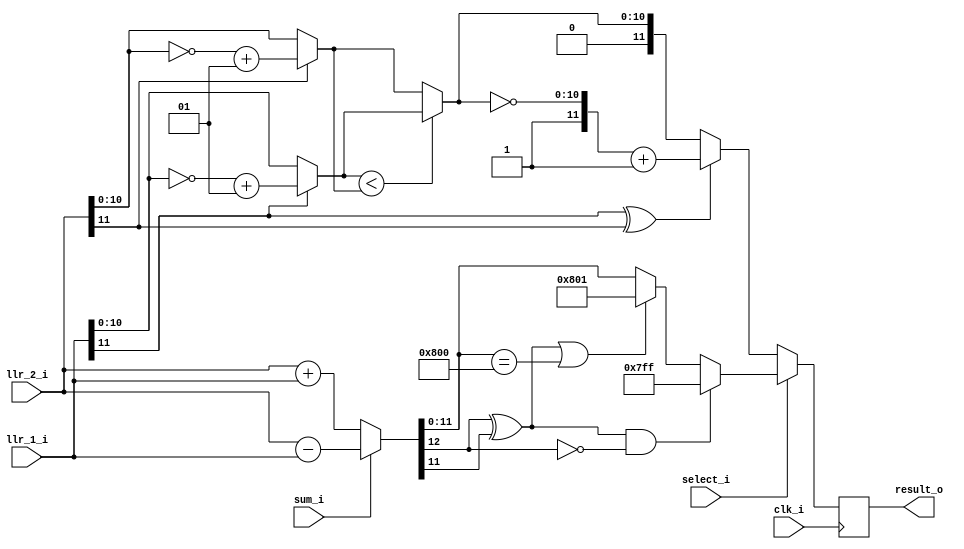
module PE(
  input clk_i,
  input signed [11:0] llr_1_i,
  input signed [11:0] llr_2_i,
  input sum_i,
  input select_i,
  output reg [11:0] result_o
);
  
  wire [11:0] f_result;
  
  wire signed [11:0] llr_1_2c = (llr_1_i[11])?~llr_1_i+$signed(12'd1):llr_1_i;
  wire        [10:0] llr_1_abs = llr_1_2c[10:0];
  
  wire signed [11:0] llr_2_2c = (llr_2_i[11])?~llr_2_i+$signed(12'd1):llr_2_i;
  wire        [10:0] llr_2_abs = llr_2_2c[10:0];
  
  wire [10:0] min = (llr_1_abs<llr_2_abs)?llr_1_abs:llr_2_abs;
  wire sign = llr_1_i[11] ^ llr_2_i[11];
  
  //assign result_o = {sign, min};
  assign f_result = (~sign)?{1'b0, min}:{1'b1, ~min}+12'd1;
  
  wire signed [12:0] g_result_temp;
  wire signed [11:0] g_result;
  //wire signed [11:0] llr_1_operated = ($signed(sum_i))?~llr_1_i+$signed(12'd1):llr_1_i;
  //assign g_result = llr_2_i + $signed(llr_1_operated);
  assign g_result_temp = (sum_i)?llr_2_i - llr_1_i:llr_2_i + llr_1_i;
  /*assign g_result = (g_result_temp[0]&&g_result_temp[12])?$signed(g_result_temp[12:1])+$signed(12'd1):
                    $signed(g_result_temp[12:1]);*/
  
  /*assign g_result = (g_result_temp[0]&&~g_result_temp[12])?$signed(g_result_temp[12:1])+$signed(12'd1):
                    $signed(g_result_temp[12:1]);*/
  
  assign g_result = ((g_result_temp[12]^g_result_temp[11])&&~g_result_temp[12])?12'b0_1111111_1111:// 2047
                    ((g_result_temp[12]^g_result_temp[11]) || g_result_temp[11:0]==12'b1_0000000_0000)?12'b1_0000000_0001://-2047
                    g_result_temp[11:0];
  
  wire [11:0] result_w = (select_i)?g_result:f_result;
  
  always@(posedge clk_i)begin
    result_o <= result_w;
  end
  //assign result_o = (select_i)?g_result:f_result;
  
endmodule